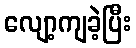
လျော့ကျခဲ့ပြီး